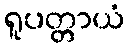
ရူပတ္တာယံ